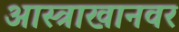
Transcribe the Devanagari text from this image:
आस्त्राखानवर